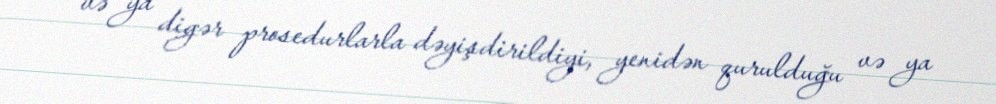
və ya digər prosedurlarla dəyişdirildiyi, yenidən qurulduğu və ya